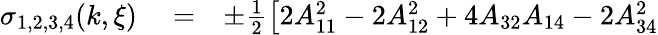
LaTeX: \begin{array}{rlr}{\sigma_{1,2,3,4}(k,\xi)}&{{}=}&{\pm\frac{1}{2}\left[2A_{11}^{2}-2A_{12}^{2}+4A_{32}A_{14}-2A_{34}^{2}\right.}\end{array}